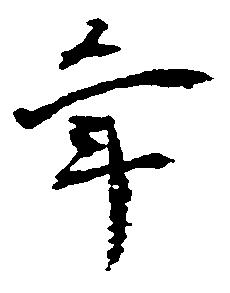
年